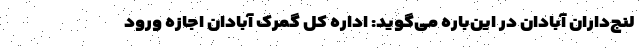
لنج‌داران آبادان در این‌باره می‌گوید: اداره کل گمرک آبادان اجازه ورود